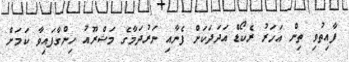
ފާއިތުވި ތިން އަހަރު ރެކޯޑް އަދަދަކަށް ފެނާއި ނަރުދަމާގެ މަޝްރޫއު ހިންގާފައިވާ ކަމަށް